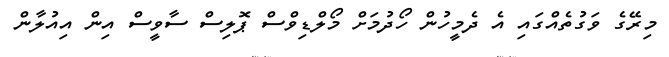
މިރޭގެ ވަގުތެއްގައި އެ ދެމީހުން ހޯދުމަށް މޯލްޑިވްސް ޕޮލިސް ސާވީސް އިން އިއުލާން